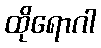
ထိုရောဂါ